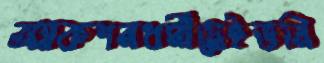
অ্যাকশনধর্মীস্লেইভনি